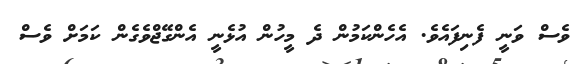
ވެސް ވަނީ ފެނިފައެވެ. އެހެންކަމުން ދެ މީހުން އުޅެނީ އެންގޭޖްވެގެން ކަމަށް ވެސް